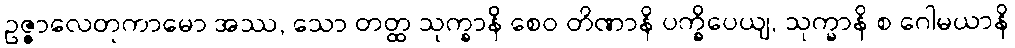
ဥဇ္ဇာလေတုကာမော အဿ, သော တတ္ထ သုက္ခာနိ စေဝ တိဏာနိ ပက္ခိပေယျ, သုက္ခာနိ စ ဂေါမယာနိ